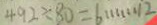
4 9 2 \div 8 0 = 6 \cdots 1 2